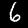
Label: 6